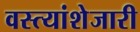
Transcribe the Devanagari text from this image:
वस्त्यांशेजारी